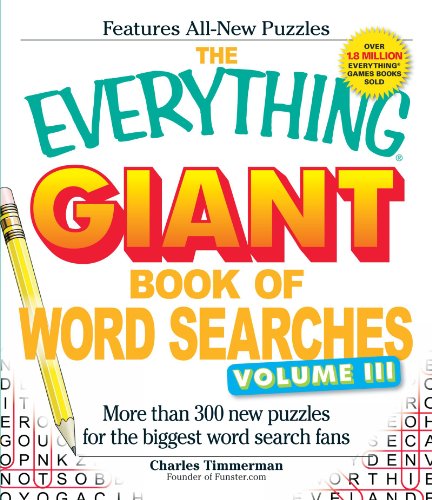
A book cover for The Everything Giant Book of Word Searches, Volume III: More than 300 new puzzles for the biggest word search fans; Charles Timmerman; Humor & Entertainment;